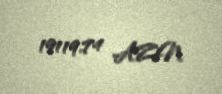
19119,74 AZN